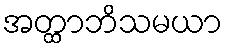
အတ္ထာဘိသမယာ